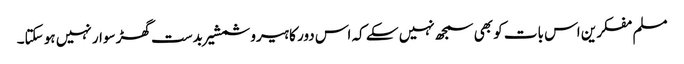
مسلم مفکرین اس بات کو بھی سمجھ نہیں سکے کہ اس دور کا ہیرو شمشیر بدست گھڑ سوار نہیں ہو سکتا۔